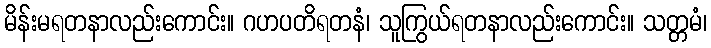
မိန်းမရတနာလည်းကောင်း။ ဂဟပတိရတနံ၊ သူကြွယ်ရတနာလည်းကောင်း။ သတ္တမံ၊